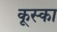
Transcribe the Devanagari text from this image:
कूस्का